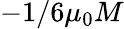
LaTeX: -1/6\mu_{0}M